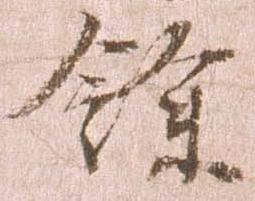
余